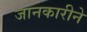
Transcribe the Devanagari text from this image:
जानकारीने